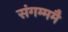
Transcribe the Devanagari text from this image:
संगम्ममै